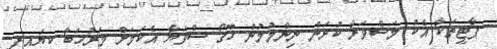
ޕާޓީތަކާ އެކު މަޝްވަރާ ކުރަން ނިންމުމުން ހޫގޯ ސްވަޔާ އެކަމަށް މަރުހަބާ ކިޔައިފި